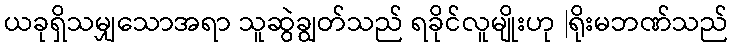
ယခုရှိသမျှသောအရာ သူဆွဲချွတ်သည် ရခိုင်လူမျိုးဟု |ရိုးမဘဏ်သည်